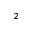
^ { 2 }